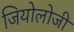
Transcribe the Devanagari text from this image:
जियोलोजी